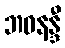
ဘဝနန္ဒီ